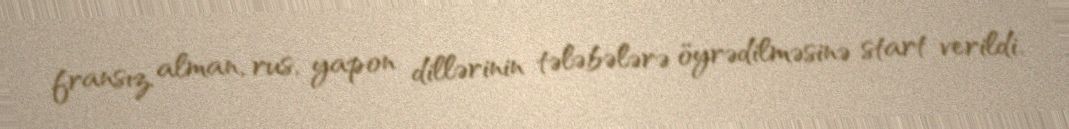
fransız, alman, rus, yapon dillərinin tələbələrə öyrədilməsinə start verildi.